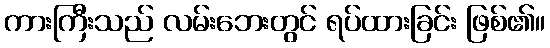
ကားကြီးသည် လမ်းဘေးတွင် ရပ်ထားခြင်း ဖြစ်၏။